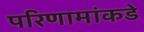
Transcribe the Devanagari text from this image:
परिणामांकडे